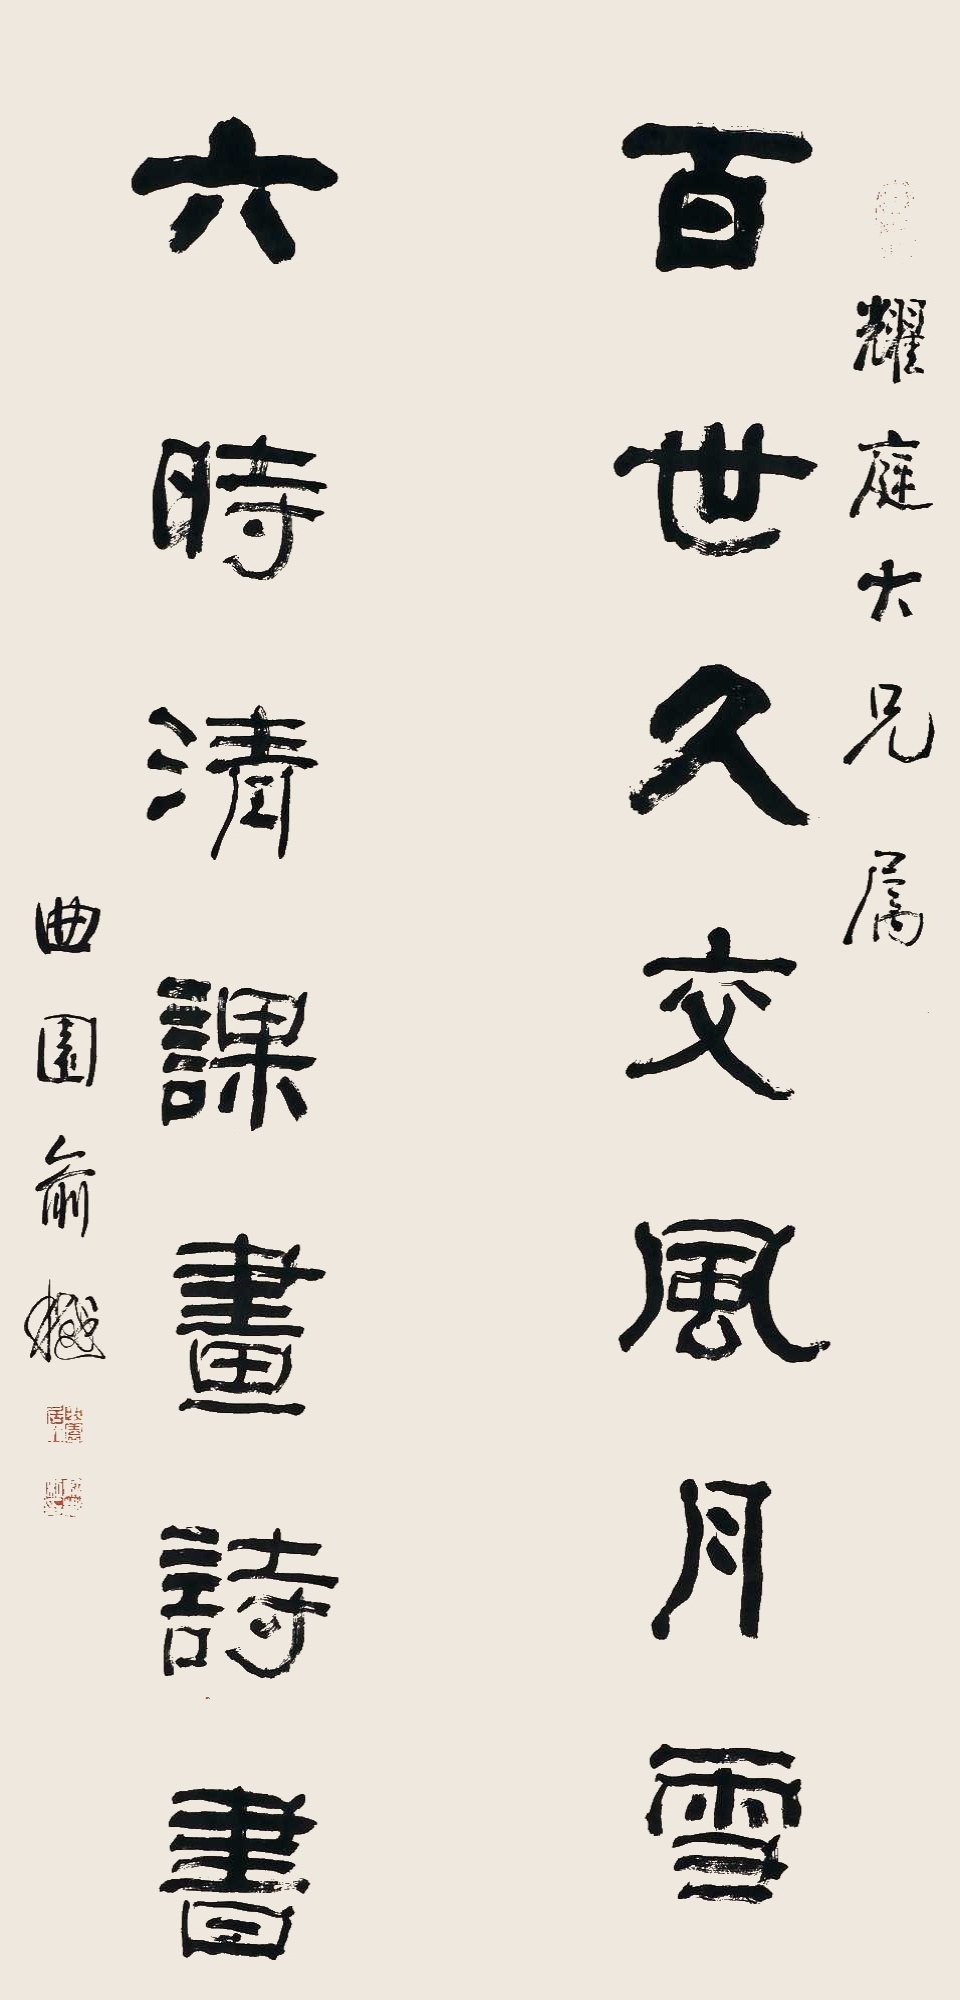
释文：百世久交风月雪，六时清课画诗书。耀庭大兄属，曲园俞樾。